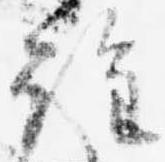
詮